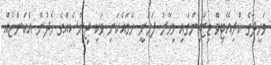
ވަހީދާގެ ކްރިއޭޓިވް ޑިޒައިންގައި މިހާރު ފަހަނީ ހަމައެކަނި ވަކި ޖިންސެއްގެ ހެދުން އެކަންޏެއް